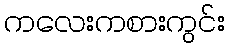
ကလေးကစားကွင်း